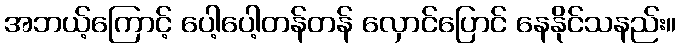
အဘယ့်ကြောင့် ပေါ့ပေါ့တန်တန် လှောင်ပြောင် နေနိုင်သနည်း။